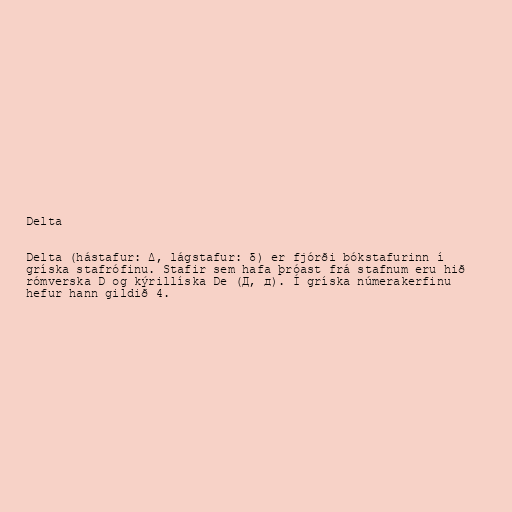
Delta

Delta (hástafur: Δ, lágstafur: δ) er fjórði bókstafurinn í
gríska stafrófinu. Stafir sem hafa þróast frá stafnum eru hið
rómverska D og kýrillíska De (Д, д). Í gríska númerakerfinu
hefur hann gildið 4.